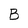
Character: B